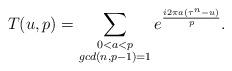
LaTeX: \begin{align*}T(u,p)=\sum_{\substack{0< a< p\\gcd(n,p-1)=1}}e^{\frac{i2\pi a(\tau^{n}-u)}{p}}.\end{align*}